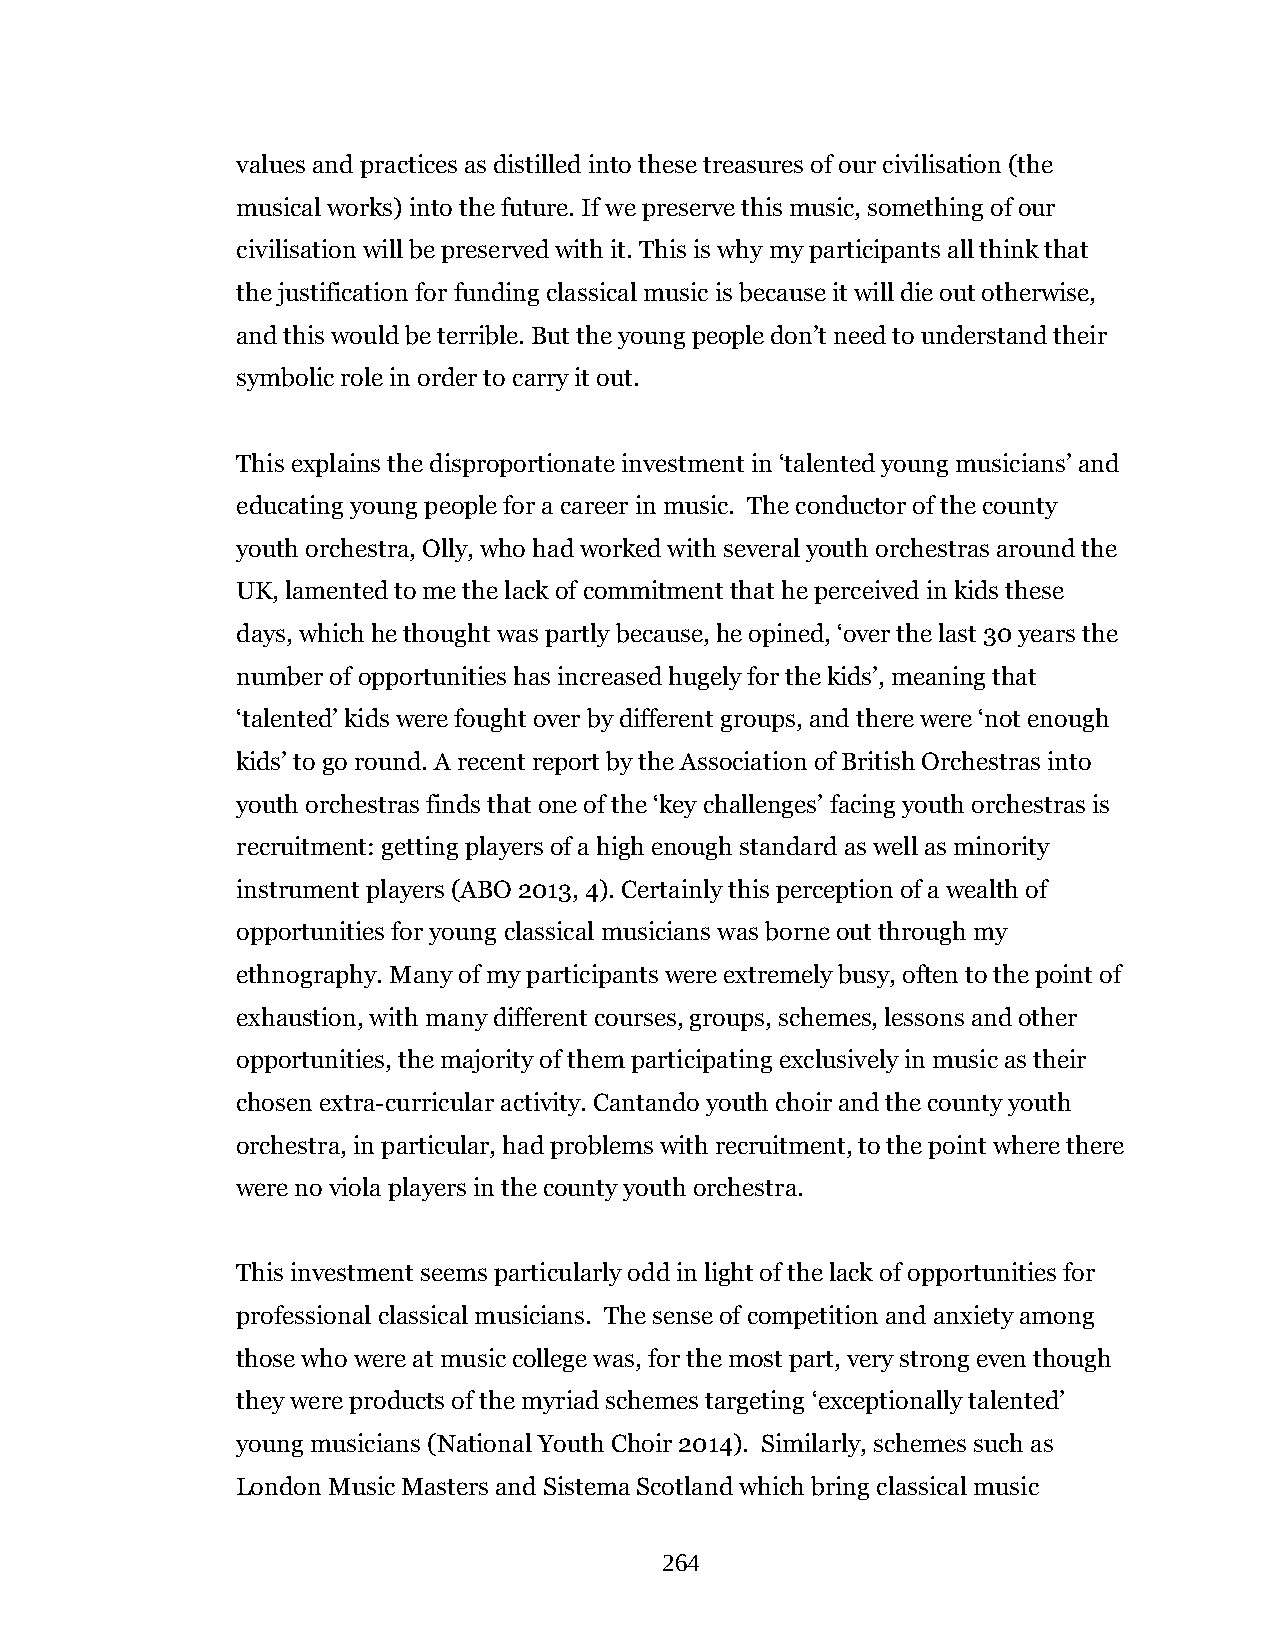
values and practices as distilled into these treasures of our civilisation (the
 musical works) into the future. If we preserve this music, something of our
 civilisation will be preserved with it. This is why my participants all think that
 the justification for funding classical music is because it will die out otherwise,
 and this would be terrible. But the young people don’t need to understand their
 symbolic role in order to carry it out.
 This explains the disproportionate investment in ‘talented young musicians’ and
 educating young people for a career in music. The conductor of the county
 youth orchestra, Olly, who had worked with several youth orchestras around the
 UK, lamented to me the lack of commitment that he perceived in kids these
 days, which he thought was partly because, he opined, ‘over the last 30 years the
 number of opportunities has increased hugely for the kids’, meaning that
 ‘talented’ kids were fought over by different groups, and there were ‘not enough
 kids’ to go round. A recent report by the Association of British Orchestras into
 youth orchestras finds that one of the ‘key challenges’ facing youth orchestras is
 recruitment: getting players of a high enough standard as well as minority
 instrument players (ABO 2013, 4). Certainly this perception of a wealth of
 opportunities for young classical musicians was borne out through my
 ethnography. Many of my participants were extremely busy, often to the point of
 exhaustion, with many different courses, groups, schemes, lessons and other
 opportunities, the majority of them participating exclusively in music as their
 chosen extra-curricular activity. Cantando youth choir and the county youth
 orchestra, in particular, had problems with recruitment, to the point where there
 were no viola players in the county youth orchestra.
 This investment seems particularly odd in light of the lack of opportunities for
 professional classical musicians. The sense of competition and anxiety among
 those who were at music college was, for the most part, very strong even though
 they were products of the myriad schemes targeting ‘exceptionally talented’
 young musicians (National Youth Choir 2014). Similarly, schemes such as
 London Music Masters and Sistema Scotland which bring classical music
 264